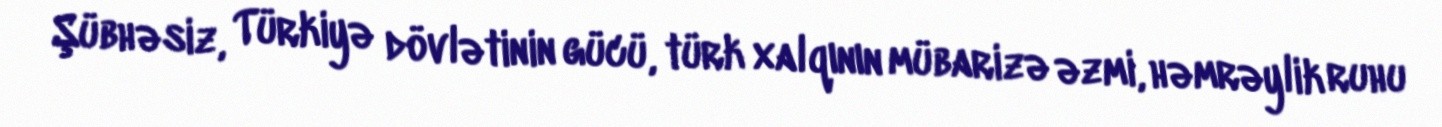
Şübhəsiz, Türkiyə dövlətinin gücü, türk xalqının mübarizə əzmi, həmrəylik ruhu